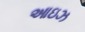
આઇઝ